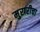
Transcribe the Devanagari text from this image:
मुरारीचा